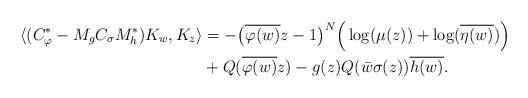
LaTeX: \begin{align*}\langle(C_{\varphi}^{*} - M_{g}C_{\sigma}M^{*}_{h})K_{w},K_z\rangle& = -\big(\overline{\varphi(w)}z-1\big)^{N}\Big(\log(\mu(z))+\log(\overline{\eta(w)})\Big) \\&+ Q(\overline{\varphi(w)}z) - g(z)Q(\bar{w}\sigma(z))\overline{h(w)}.\end{align*}